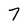
Character: 7